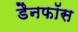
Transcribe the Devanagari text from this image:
डैनफॉस